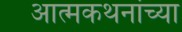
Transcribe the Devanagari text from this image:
आत्मकथनांच्या